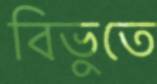
বিভুতে